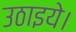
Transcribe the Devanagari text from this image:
उठाइये।